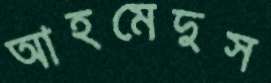
আহমেদুস